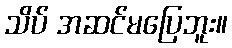
သိပ် အဆင်မပြေဘူး။